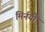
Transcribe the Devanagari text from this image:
मिर्नयी